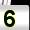
Digit: 5